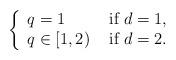
LaTeX: \begin{align*}\left\{\begin{array}{ll}q = 1 & \mbox{ if } d = 1,\\q \in [1,2)& \mbox{ if } d = 2.\end{array}\right.\end{align*}